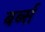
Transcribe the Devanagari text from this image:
बर्ब्स